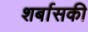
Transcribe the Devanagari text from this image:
शर्बासकी